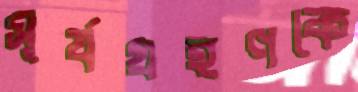
সূর্যগ্রহণকে